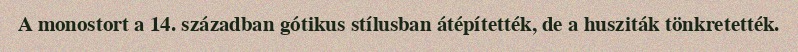
A monostort a 14. században gótikus stílusban átépítették, de a husziták tönkretették.